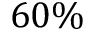
6 0 \%